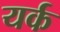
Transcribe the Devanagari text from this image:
यर्क